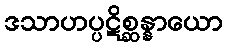
ဒသာဟပ္ပဋိစ္ဆန္နာယော